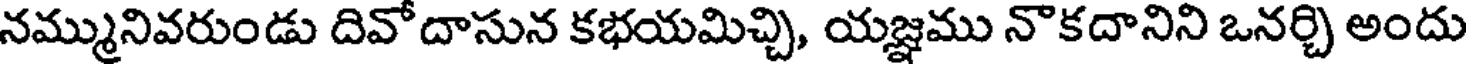
నమ్మునివరుండు దివోదాసున కభయమిచ్చి, యజ్ఞము నొకదానిని ఒనర్చి అందు